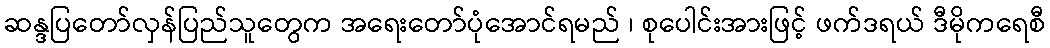
ဆန္ဒပြတော်လှန်ပြည်သူတွေက အရေးတော်ပုံအောင်ရမည် ၊ စုပေါင်းအားဖြင့် ဖက်ဒရယ် ဒီမိုကရေစီ